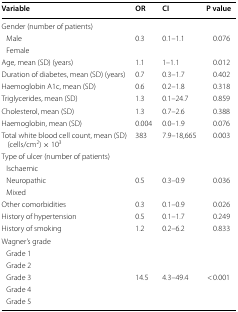
| Variable | OR | CI | P value |
 | --- | --- | --- | --- |
 | <COLSPAN=4> Gender (number of patients) |
 | Male | 0.3 | 0.1–1.1 | 0.076 |
 | Female |  |  |  |
 | Age, mean (SD) (years) | 1.1 | 1–1.1 | 0.012 |
 | Duration of diabetes, mean (SD) (years) | 0.7 | 0.3–1.7 | 0.402 |
 | Haemoglobin A1c, mean (SD) | 0.6 | 0.2–1.8 | 0.318 |
 | Triglycerides, mean (SD) | 1.3 | 0.1–24.7 | 0.859 |
 | Cholesterol, mean (SD) | 1.3 | 0.7–2.6 | 0.388 |
 | Haemoglobin, mean (SD) | 0.004 | 0.0–1.9 | 0.076 |
 | Total white blood cell count, mean (SD) (cells/cm2) × 103 | 383 | 7.9–18,665 | 0.003 |
 | <COLSPAN=4> Type of ulcer (number of patients) |
 | Ischaemic |  |  |  |
 | Neuropathic | 0.5 | 0.3–0.9 | 0.036 |
 | Mixed |  |  |  |
 | Other comorbidities | 0.3 | 0.1–0.9 | 0.026 |
 | History of hypertension | 0.5 | 0.1–1.7 | 0.249 |
 | History of smoking | 1.2 | 0.2–6.2 | 0.833 |
 | <COLSPAN=4> Wagner’s grade |
 | Grade 1 |  |  |  |
 | Grade 2 |  |  |  |
 | Grade 3 | 14.5 | 4.3–49.4 | < 0.001 |
 | Grade 4 |  |  |  |
 | Grade 5 |  |  |  |